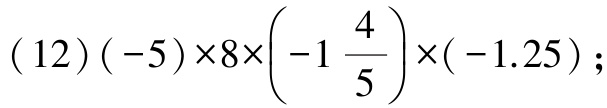
$(12)(-5)\times8\times\left(-1\frac{4}{5}\right)\times(-1.25);$